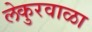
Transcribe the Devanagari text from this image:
लेकुरवाळा